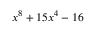
x ^ { 8 } + 1 5 x ^ { 4 } - 1 6